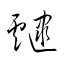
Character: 靆